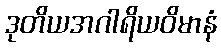
ဒုတိယအဂါရိယဝိမာနံ